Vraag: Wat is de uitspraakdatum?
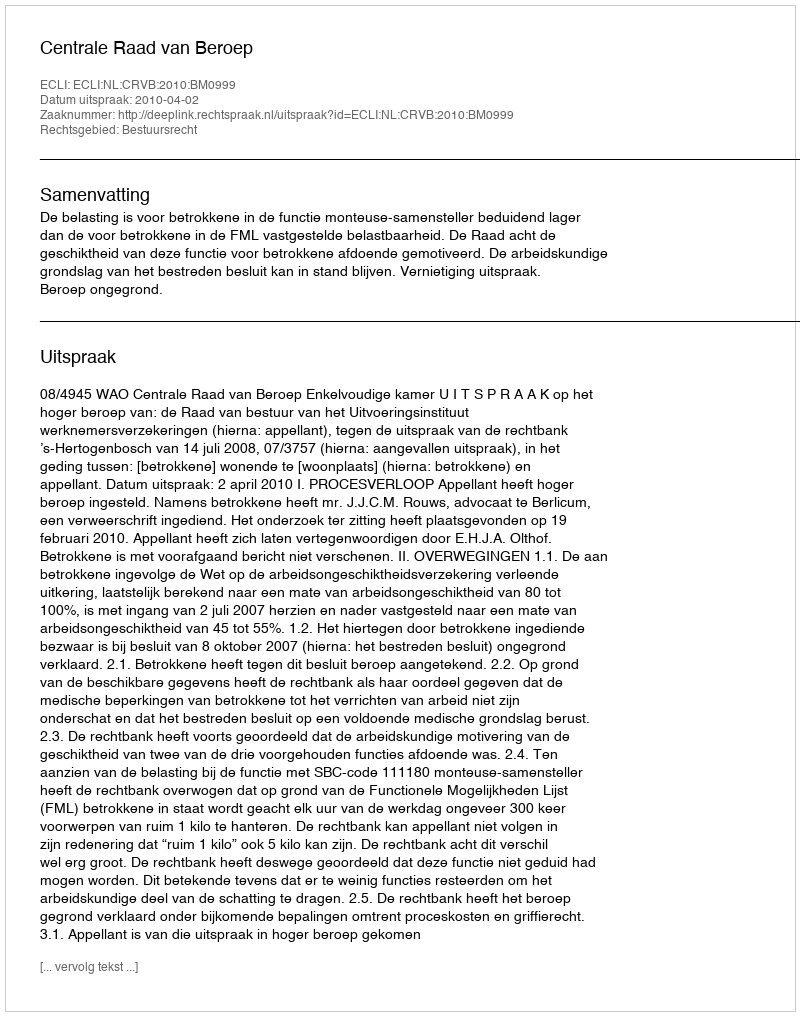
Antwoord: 2010-04-02